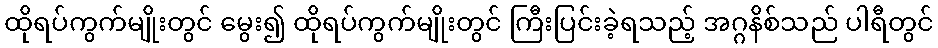
ထိုရပ်ကွက်မျိုးတွင် မွေး၍ ထိုရပ်ကွက်မျိုးတွင် ကြီးပြင်းခဲ့ရသည့် အဂ္ဂနိစ်သည် ပါရီတွင်